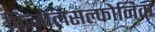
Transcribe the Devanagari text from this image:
फिनोलसल्फोनिक